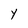
Character: Y